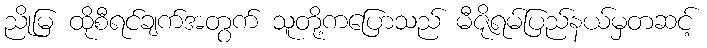
ညိုမြ ထိုစီရင်ချက်အတွက် သူတို့ကပြောသည် မီဇိုရမ်ပြည်နယ်မှတဆင့်